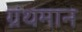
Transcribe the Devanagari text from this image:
ग्रंथमान